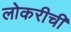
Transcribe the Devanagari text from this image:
लोकरीची